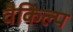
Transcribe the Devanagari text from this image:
वैकिल्प